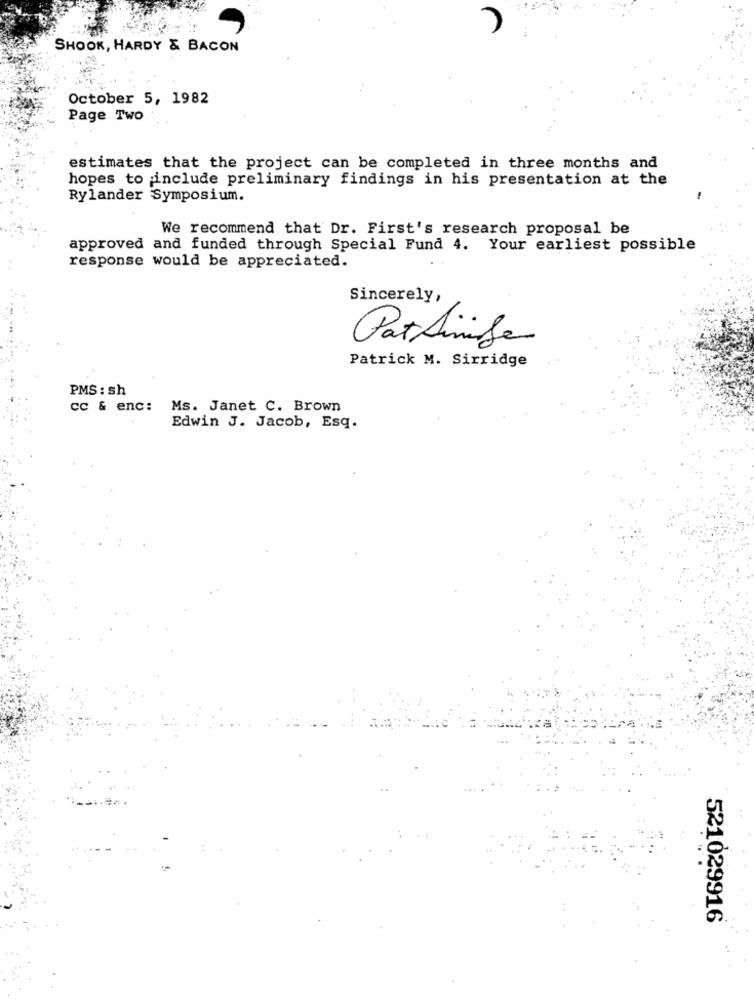
SHOOK, HARDY & BACON
October 5, 1982
Page Two
estimates that the project can be completed in three months and
hopes to include preliminary findings in his presentation at the
Rylander Symposium.
We recommend that Dr. First's research proposal be
approved and funded through Special Fund 4. Your earliest possible
response would be appreciated.
Sincerely,
Pattinife
Patrick M. Sirridge
PMS : sh
cc & enc: Ms. Janet C. Brown
Edwin J. Jacob, Esq.
521029916